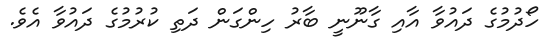
ހޯދުމުގެ ދައުވާ އާއި ގާނޫނީ ބާރު ހިންގަން ދަތި ކުރުމުގެ ދައުވާ އެވެ.